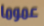
عموما